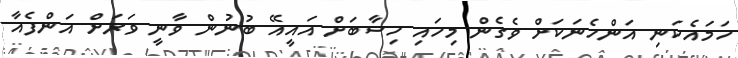
ހަމައެކަނި އަންހެނަކަށް ވެގެން މިހައި ހިސާބަށް އައީއޭ ބުނުން ވާނީ ވަރަށް އަންފެއާ